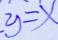
y = x